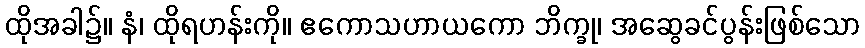
ထိုအခါ၌။ နံ၊ ထိုရဟန်းကို။ ဧကောသဟာယကော ဘိက္ခု၊ အဆွေခင်ပွန်းဖြစ်သော